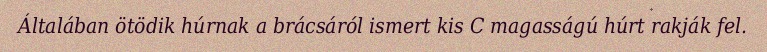
Általában ötödik húrnak a brácsáról ismert kis C magasságú húrt rakják fel.